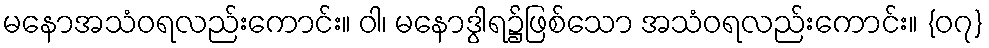
မနောအသံဝရလည်းကောင်း။ ဝါ၊ မနောဒွါရ၌ဖြစ်သော အသံဝရလည်းကောင်း။ {၀၇}